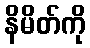
နိမိတ်ကို